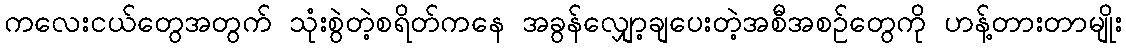
ကလေးငယ်တွေအတွက် သုံးစွဲတဲ့စရိတ်ကနေ အခွန်လျှော့ချပေးတဲ့အစီအစဉ်တွေကို ဟန့်တားတာမျိုး